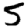
Digit: 5